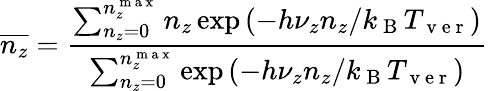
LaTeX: \overline{{n_{z}}}=\frac{\sum_{n_{z}=0}^{n_{z}^{\mathrm{~m~a~x~}}}n_{z}\exp{(-h\nu_{z}n_{z}/k_{\mathrm{~B~}}T_{\mathrm{~v~e~r~}})}}{\sum_{n_{z}=0}^{n_{z}^{\mathrm{~m~a~x~}}}\exp{(-h\nu_{z}n_{z}/k_{\mathrm{~B~}}T_{\mathrm{~v~e~r~}})}}